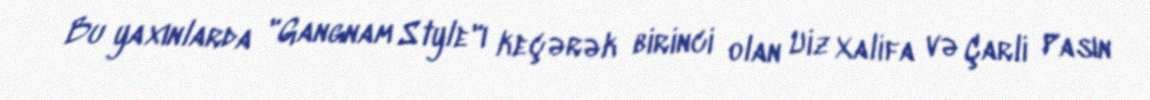
Bu yaxınlarda "Gangnam Style"ı keçərək birinci olan Uiz Xalifa və Çarli Pasın